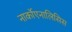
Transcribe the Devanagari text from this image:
नार्कोएनालिसिस